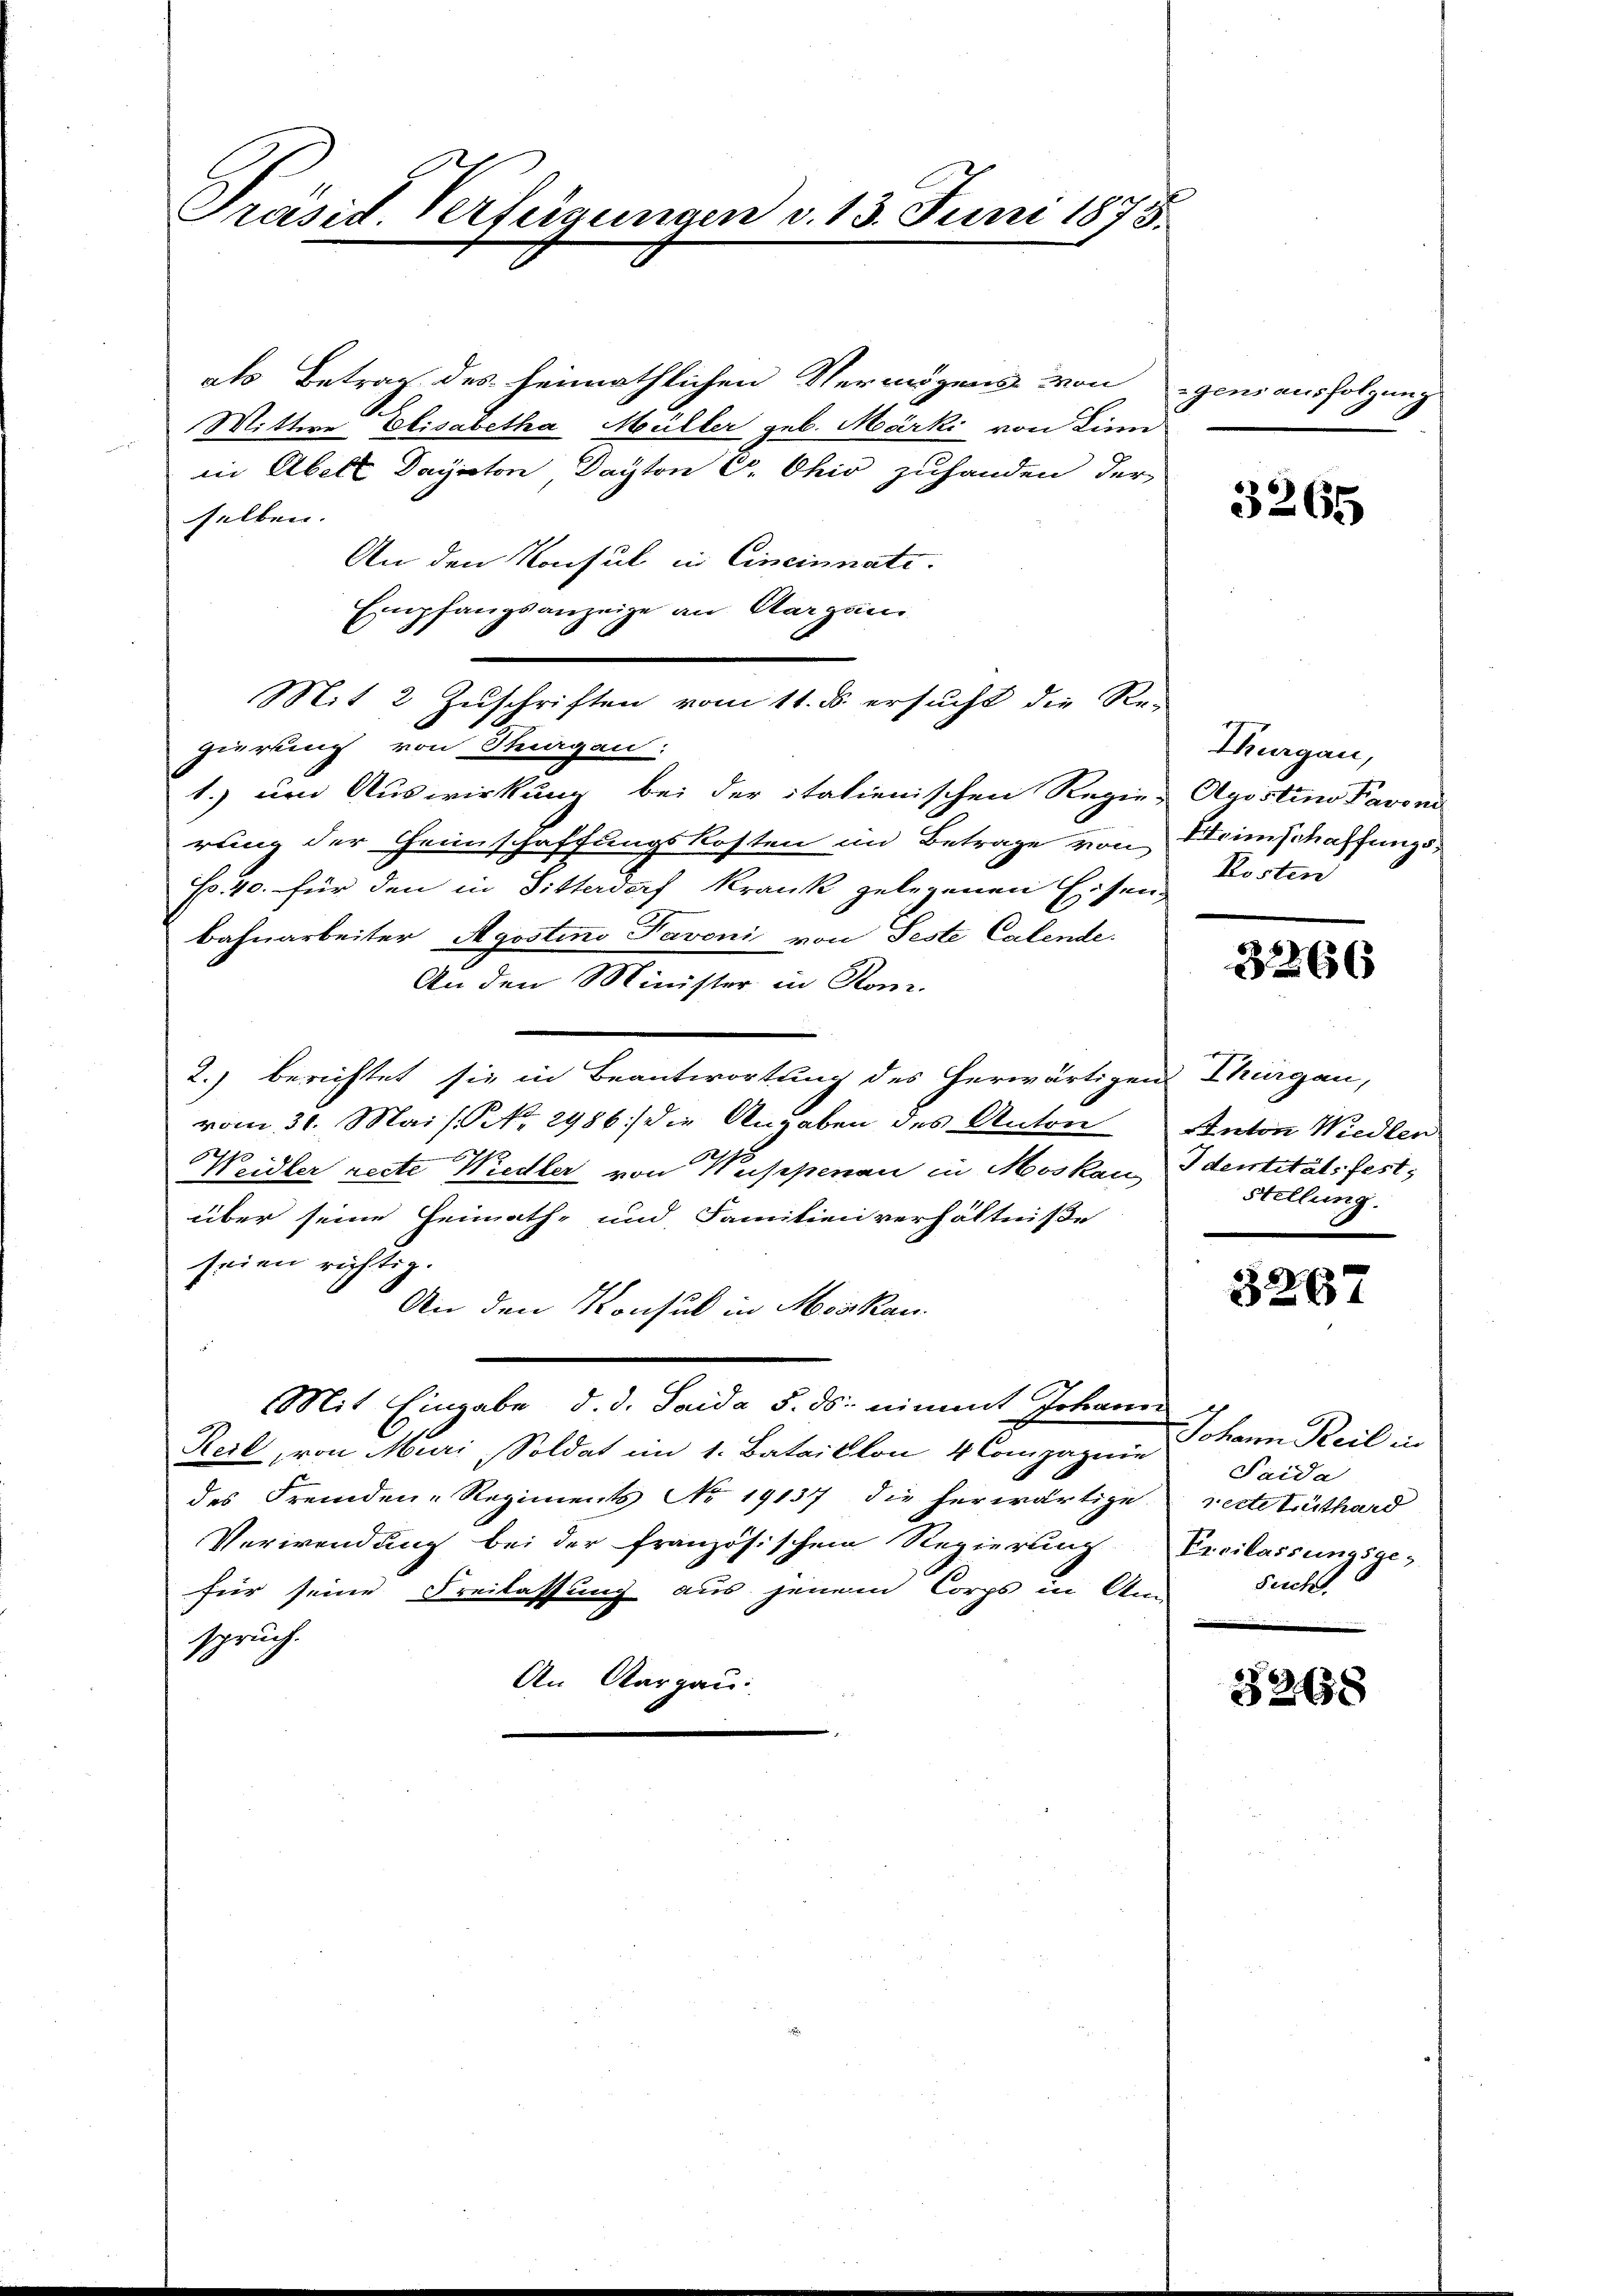
als Betrag des heimathlichen Vermögens von gensausfolgung
Mittwe Elisabetha Müller geb. Märki von Linn
in Abel Dayston Dayton C. Ohio zuhanden, der
selben.
An den Konsul in Cincinnate.
Empfangsanzeige an Aargau
Mit 2 Zŭschriften vom 11. ds. ersŭcht die Re-
gierung von Stagen:
1. um Auswirkung bei der italienischen Regien Apostino Pavend
rung der Heinschaffungskosten im Betrage von Heimschaffungs¬
E. 40. für den in Sitterdorf Krank gelegenen Eisen¬
Bahnarbeiter Agostino Pavoni von Feste Calende.
An den Minister in Rom.
2.) berichtet sie in Beantwortung des herwärtigen Thurgau,
vom 31. Mai / No. 2986) die Angaben des Anton Anton Wiedlen
Weidler recte Wiedler von Wappenau in Moskau, Identitätsfest,
über seine Heimath- und Familien verhältniße
seien richtig.
An den Konsul in Moskau
Mit Eingabe, d. d. Saida 5. ds. nimmt Johann
Reil, von Muri, Soldat im 1. Bataillon 4 Compagnie
des Fremden-Regiments No 19137 die herwärtige
Verwendung bei der französischem Regierung Ercilassungsge-
für seine Freilassung aus jenem Corps in An
spruch.
An Aargau:

Präsid. Verfügungen v. 13. Juni 1875.

3265

Thurgau,
Kosten

3266

Stellung.

5267

Johann Keil in
Saida
recte Lüthard
Such

5268